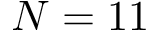
N = 1 1